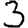
Digit: 3